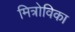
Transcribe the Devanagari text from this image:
मित्रोविका